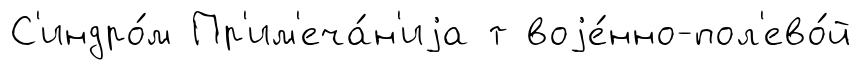
С'индро́м Пр'им'еча́н'иjа т воjе́нно-пол'ево́й